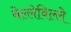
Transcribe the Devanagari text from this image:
बेल्लेविल्ले